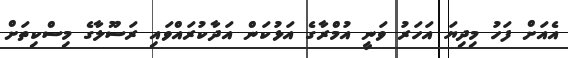
އެއަށް ފަހު މިދިޔަ އަހަރު ވަނީ އުމްރާގެ އަޅުކަން އަދާކުރައްވައި ރަސޫލާގެ މިސްކިތަށް